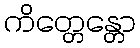
ကိတ္တေန္တော